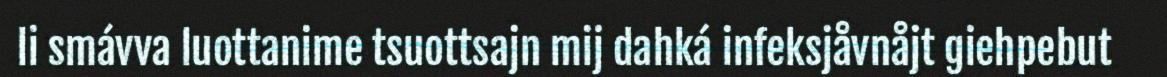
li smávva luottanime tsuottsajn mij dahká infeksjåvnåjt giehpebut